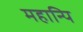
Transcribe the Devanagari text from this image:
महान्पि